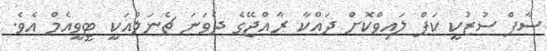
ސާފް ސުޒުކީ ކަޕް ލައިވްކޮށް ދައްކާ ރާއްޖޭގެ ދެވަނަ ޗެނަލްއަކީ ޓީވީއެމް އެވެ.